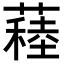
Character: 𦽂